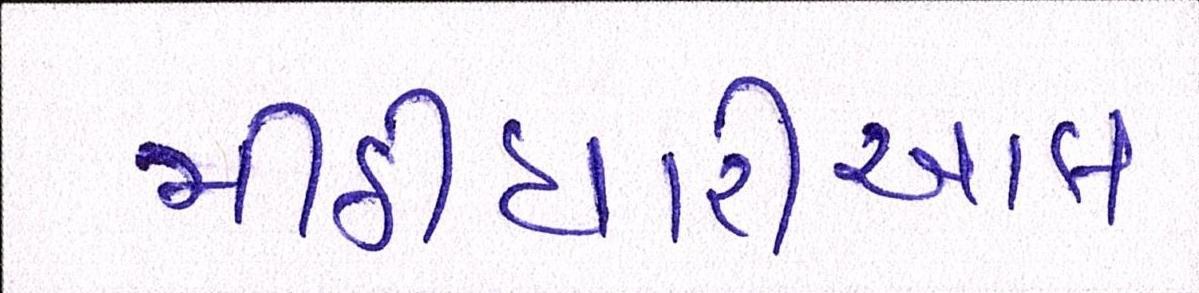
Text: મીઠીઘારીઆલ